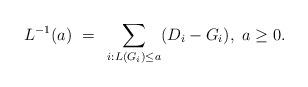
LaTeX: \begin{align*} L^{-1}(a)~=~\sum_{i:L(G_i)\le a} (D_i-G_i),~a \geq 0.\end{align*}